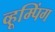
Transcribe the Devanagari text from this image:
व्हूम्पिंग